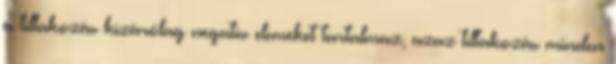
a tiltakozás kizárólag negatív elemeket tartalmaz, azaz tiltakozás minden